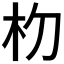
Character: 𬂟